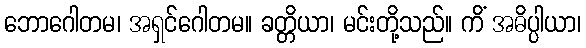
ဘောဂေါတမ၊ အရှင်ဂေါတမ။ ခတ္တိယာ၊ မင်းတို့သည်။ ကိံ အဓိပ္ပါယာ၊